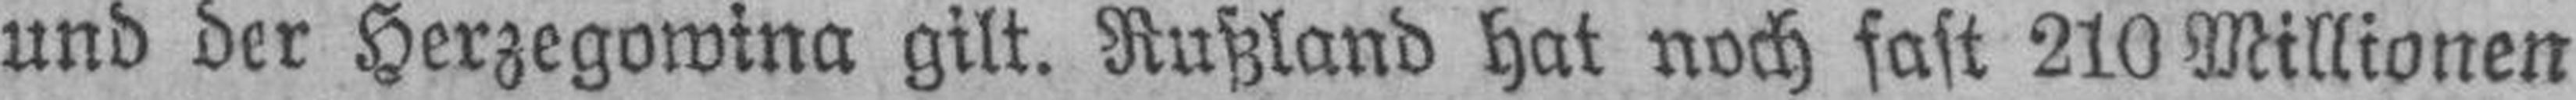
und der Herzegowina gilt. Rußland hat noch fast 210 Millionen